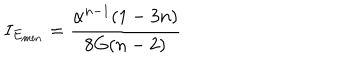
I _ { E _ { m i n } } = \frac { \alpha ^ { n - 1 } ( 1 - 3 n ) } { 8 G ( n - 2 ) }